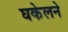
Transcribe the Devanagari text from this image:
घकेलने